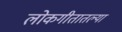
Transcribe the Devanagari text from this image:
लोकगीतातल्या